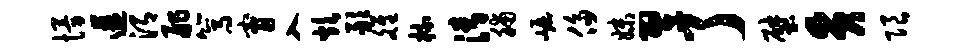
慢遘渭舴篙甯入炊敢雒梳清脯崛侈妹翌了壁质限